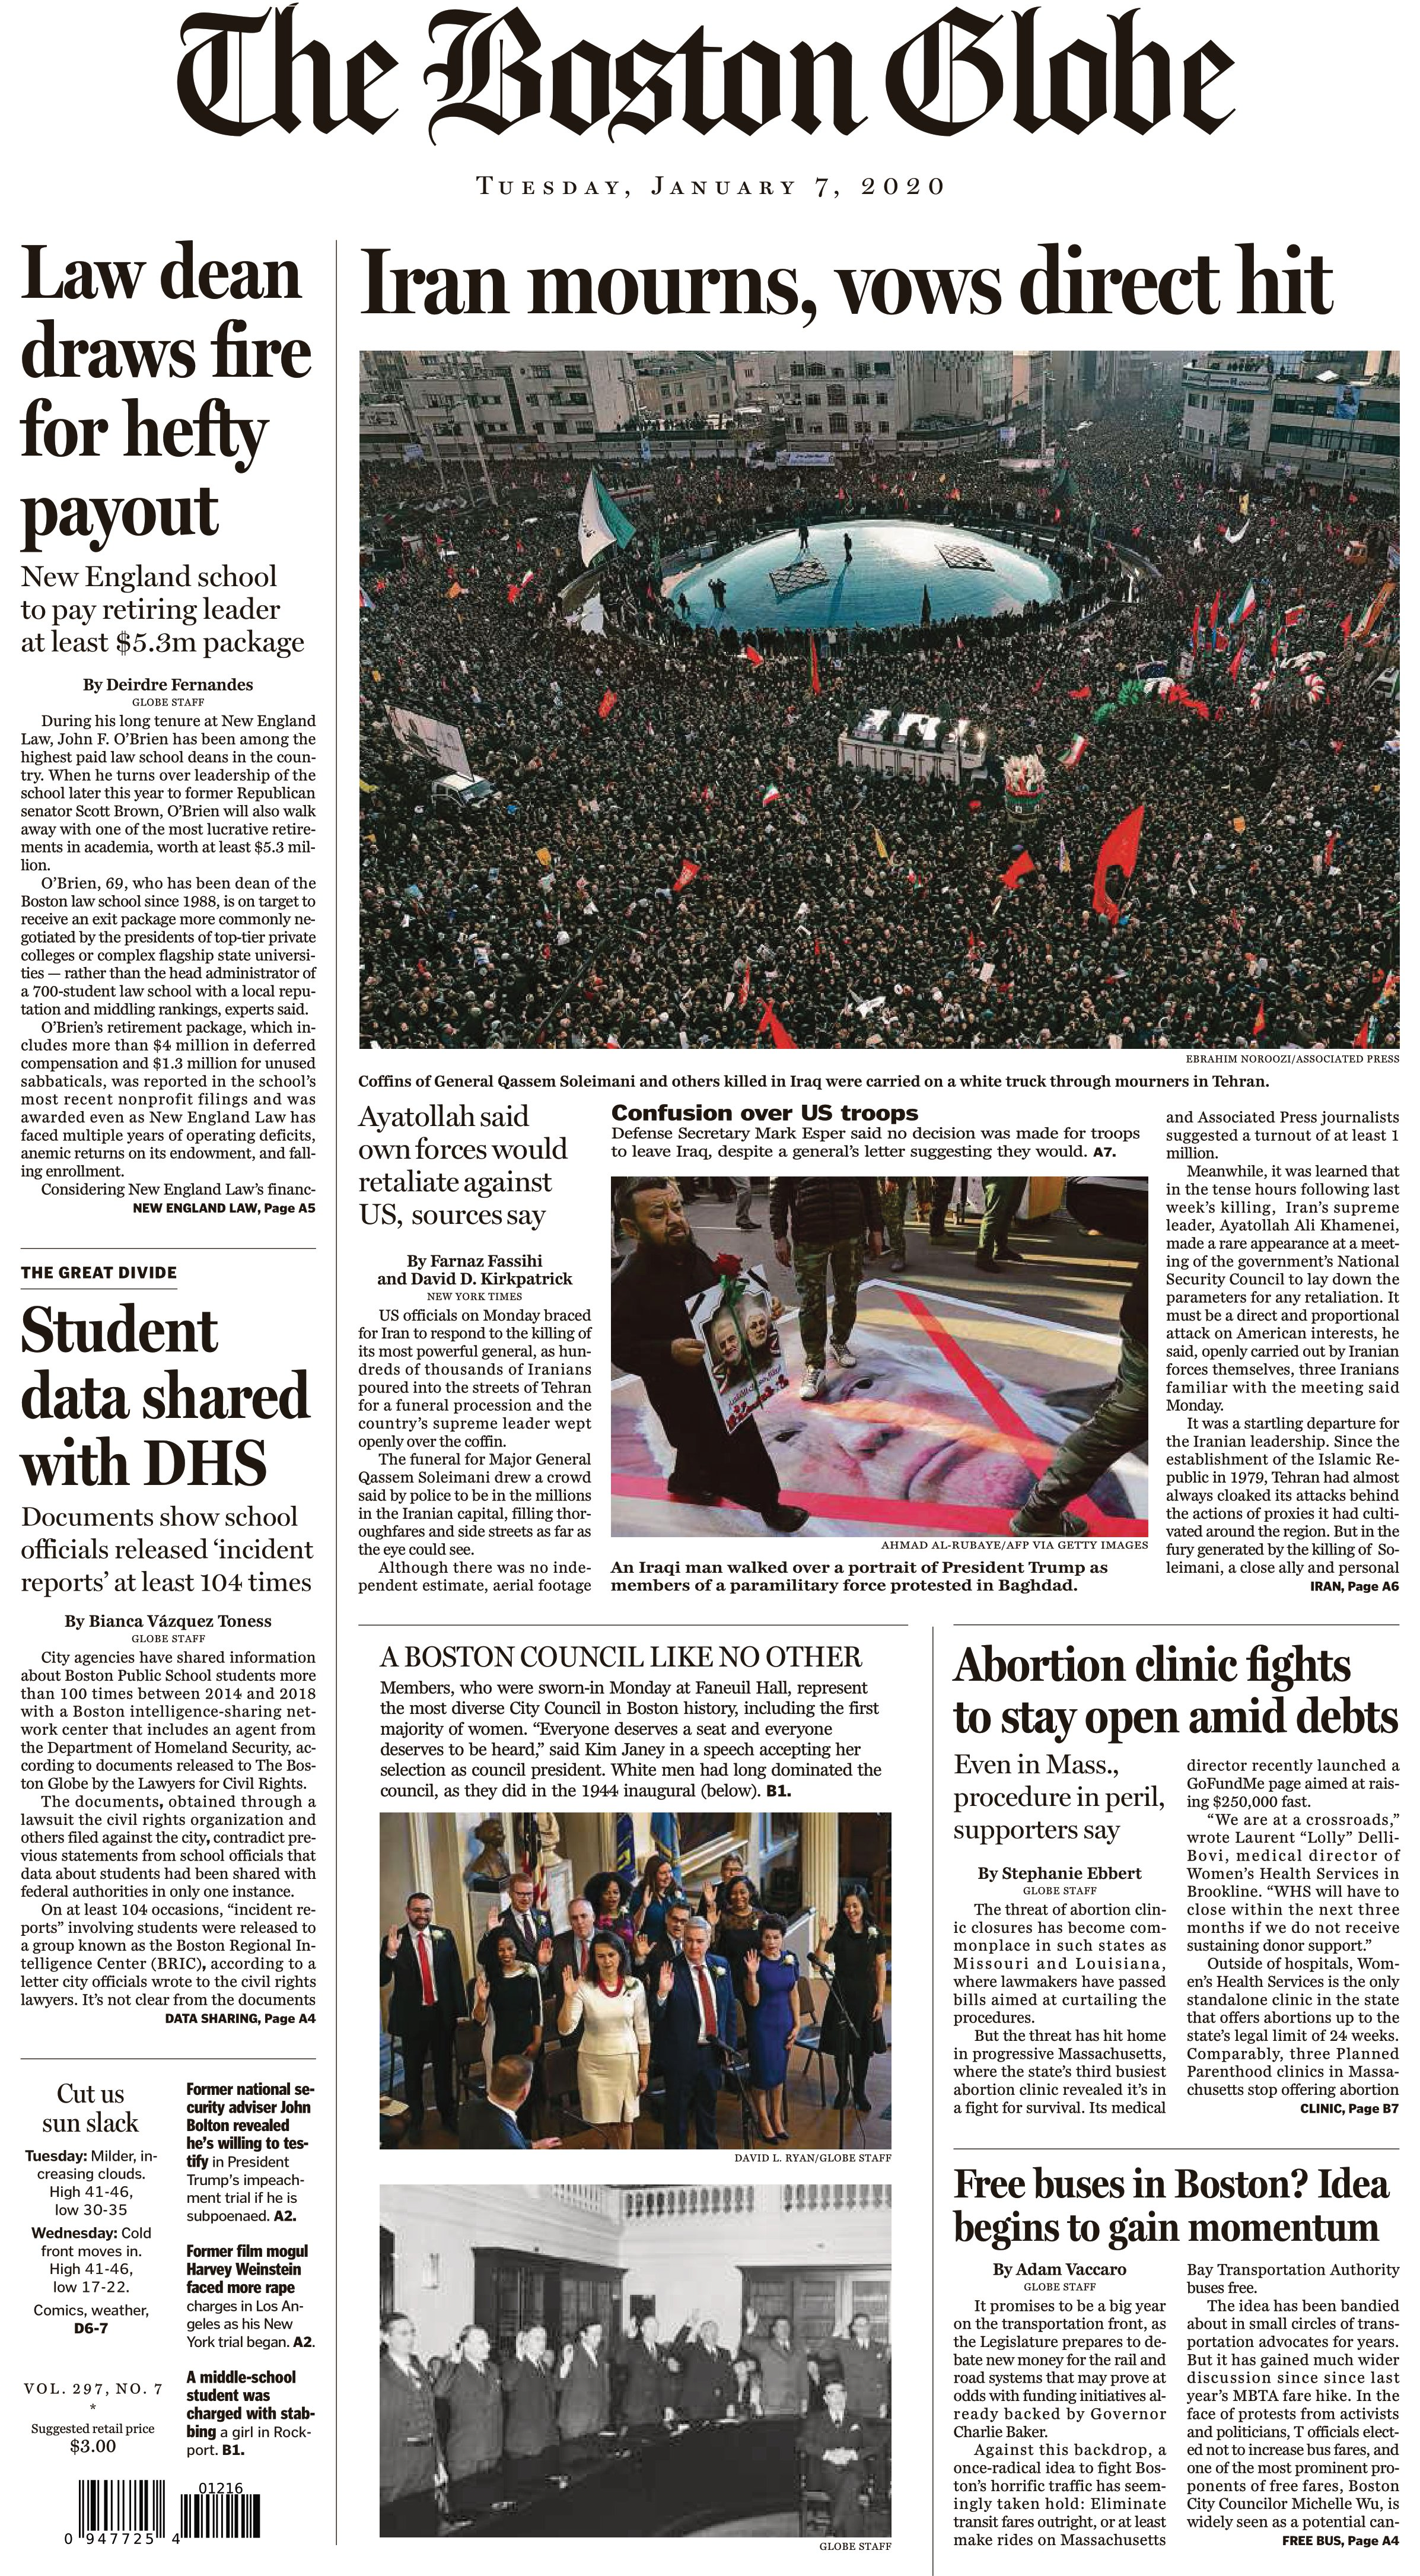
Language: en